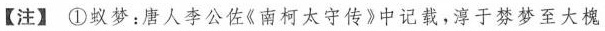
【注】①蚁梦：唐人李公佐《南柯太守传》中记载，淳于棼梦至大槐